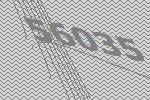
56035